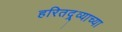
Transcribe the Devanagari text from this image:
हरितद्र्व्याच्या